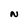
Character: N